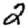
Digit: 2